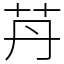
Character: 䒟